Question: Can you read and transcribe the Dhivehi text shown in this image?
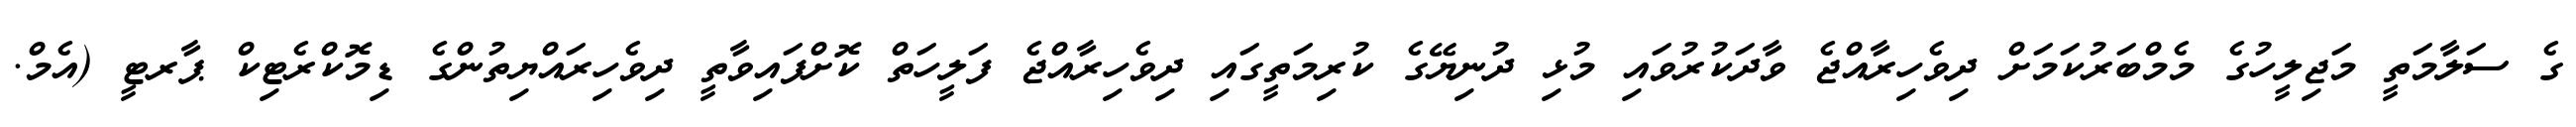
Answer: ގެ ސަލާމަތީ މަޖިލީހުގެ މެމްބަރުކަމަށް ދިވެހިރާއްޖެ ވާދަކުރުވައި މުޅި ދުނިޔޭގެ ކުރިމަތީގައި ދިވެހިރާއްޖެ ފަލީހަތް ކޮށްފައިވާތީ ދިވެހިރައްޔިތުންގެ ޑިމޮކްރެޓިކް ޕާރޓީ (އެމް.